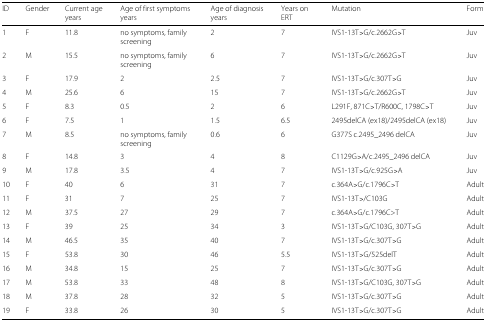
<table><thead><tr><td><b>ID</b></td><td><b>Gender</b></td><td><b>Current age years</b></td><td><b>Age of first symptoms years</b></td><td><b>Age of diagnosis years</b></td><td><b>Years on ERT</b></td><td><b>Mutation</b></td><td><b>Form</b></td></tr></thead><tbody><tr><td>1</td><td>F</td><td>11.8</td><td>no symptoms, family screening</td><td>2</td><td>7</td><td>IVS1-13T&gt;G/c.2662G&gt;T</td><td>Juv</td></tr><tr><td>2</td><td>M</td><td>15.5</td><td>no symptoms, family screening</td><td>6</td><td>7</td><td>IVS1-13T&gt;G/c.2662G&gt;T</td><td>Juv</td></tr><tr><td>3</td><td>F</td><td>17.9</td><td>2</td><td>2.5</td><td>7</td><td>IVS1-13T&gt;G/c.307T&gt;G</td><td>Juv</td></tr><tr><td>4</td><td>M</td><td>25.6</td><td>6</td><td>15</td><td>7</td><td>IVS1-13T&gt;G/c.2662G&gt;T</td><td>Juv</td></tr><tr><td>5</td><td>F</td><td>8.3</td><td>0.5</td><td>2</td><td>6</td><td>L291F, 871C&gt;T/R600C, 1798C&gt;T</td><td>Juv</td></tr><tr><td>6</td><td>F</td><td>7.5</td><td>1</td><td>1.5</td><td>6.5</td><td>2495delCA (ex18)/2495delCA (ex18)</td><td>Juv</td></tr><tr><td>7</td><td>M</td><td>8.5</td><td>no symptoms, family screening</td><td>0.6</td><td>6</td><td>G377S c.2495_2496 delCA</td><td>Juv</td></tr><tr><td>8</td><td>F</td><td>14.8</td><td>3</td><td>4</td><td>8</td><td>C1129G&gt;A/c.2495_2496 delCA</td><td>Juv</td></tr><tr><td>9</td><td>M</td><td>17.8</td><td>3.5</td><td>4</td><td>7</td><td>IVS1-13T&gt;G/c.925G&gt;A</td><td>Juv</td></tr><tr><td>10</td><td>F</td><td>40</td><td>6</td><td>31</td><td>7</td><td>c.364A&gt;G/c.1796C&gt;T</td><td>Adult</td></tr><tr><td>11</td><td>F</td><td>31</td><td>7</td><td>25</td><td>7</td><td>IVS1-13T&gt;/C103G</td><td>Adult</td></tr><tr><td>12</td><td>M</td><td>37.5</td><td>27</td><td>29</td><td>7</td><td>c.364A&gt;G/c.1796C&gt;T</td><td>Adult</td></tr><tr><td>13</td><td>F</td><td>39</td><td>25</td><td>34</td><td>3</td><td>IVS1-13T&gt;G/C103G, 307T&gt;G</td><td>Adult</td></tr><tr><td>14</td><td>M</td><td>46.5</td><td>35</td><td>40</td><td>7</td><td>IVS1-13T&gt;G/c.307T&gt;G</td><td>Adult</td></tr><tr><td>15</td><td>F</td><td>53.8</td><td>30</td><td>46</td><td>5.5</td><td>IVS1-13T&gt;G/525delT</td><td>Adult</td></tr><tr><td>16</td><td>M</td><td>34.8</td><td>15</td><td>25</td><td>7</td><td>IVS1-13T&gt;G/c.307T&gt;G</td><td>Adult</td></tr><tr><td>17</td><td>M</td><td>53.8</td><td>33</td><td>48</td><td>8</td><td>IVS1-13T&gt;G/C103G, 307T&gt;G</td><td>Adult</td></tr><tr><td>18</td><td>M</td><td>37.8</td><td>28</td><td>32</td><td>5</td><td>IVS1-13T&gt;G/c.307T&gt;G</td><td>Adult</td></tr><tr><td>19</td><td>F</td><td>33.8</td><td>26</td><td>30</td><td>5</td><td>IVS1-13T&gt;G/c.307T&gt;G</td><td>Adult</td></tr></tbody></table>